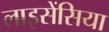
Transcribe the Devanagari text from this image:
लाइसेंसिया